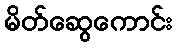
မိတ်ဆွေကောင်း